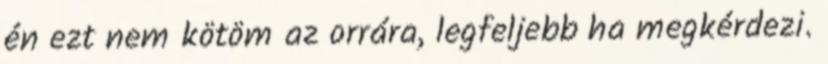
én ezt nem kötöm az orrára, legfeljebb ha megkérdezi.